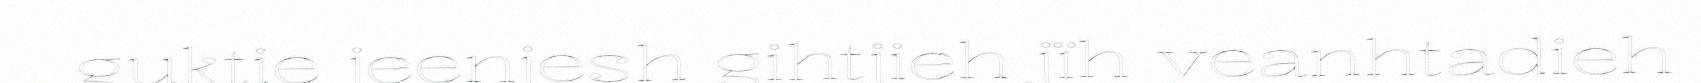
guktie jeenjesh gihtjieh jïh veanhtadieh